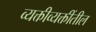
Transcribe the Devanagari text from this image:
व्यक्तीव्यक्तींतील